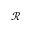
\mathcal { R }